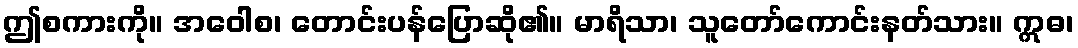
ဤစကားကို။ အဝေါစ၊ တောင်းပန်ပြောဆို၏။ မာရိသာ၊ သူတော်ကောင်းနတ်သား။ ဣဓ၊